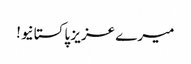
میرے عزیز پاکستانیو!